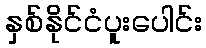
နှစ်နိုင်ငံပူးပေါင်း